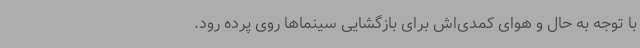
با توجه به حال و هوای کمدی‌اش برای بازگشایی سینماها روی پرده رود.